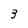
Character: 3